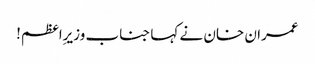
عمران خان نے کہا جناب وزیرِاعظم!